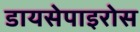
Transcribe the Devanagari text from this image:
डायसेपाइरोस